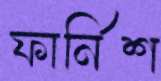
ফার্নিশ